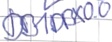
Text: DB1DBX0.0